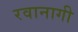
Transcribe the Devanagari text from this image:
रवानागी